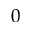
0